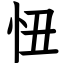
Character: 忸